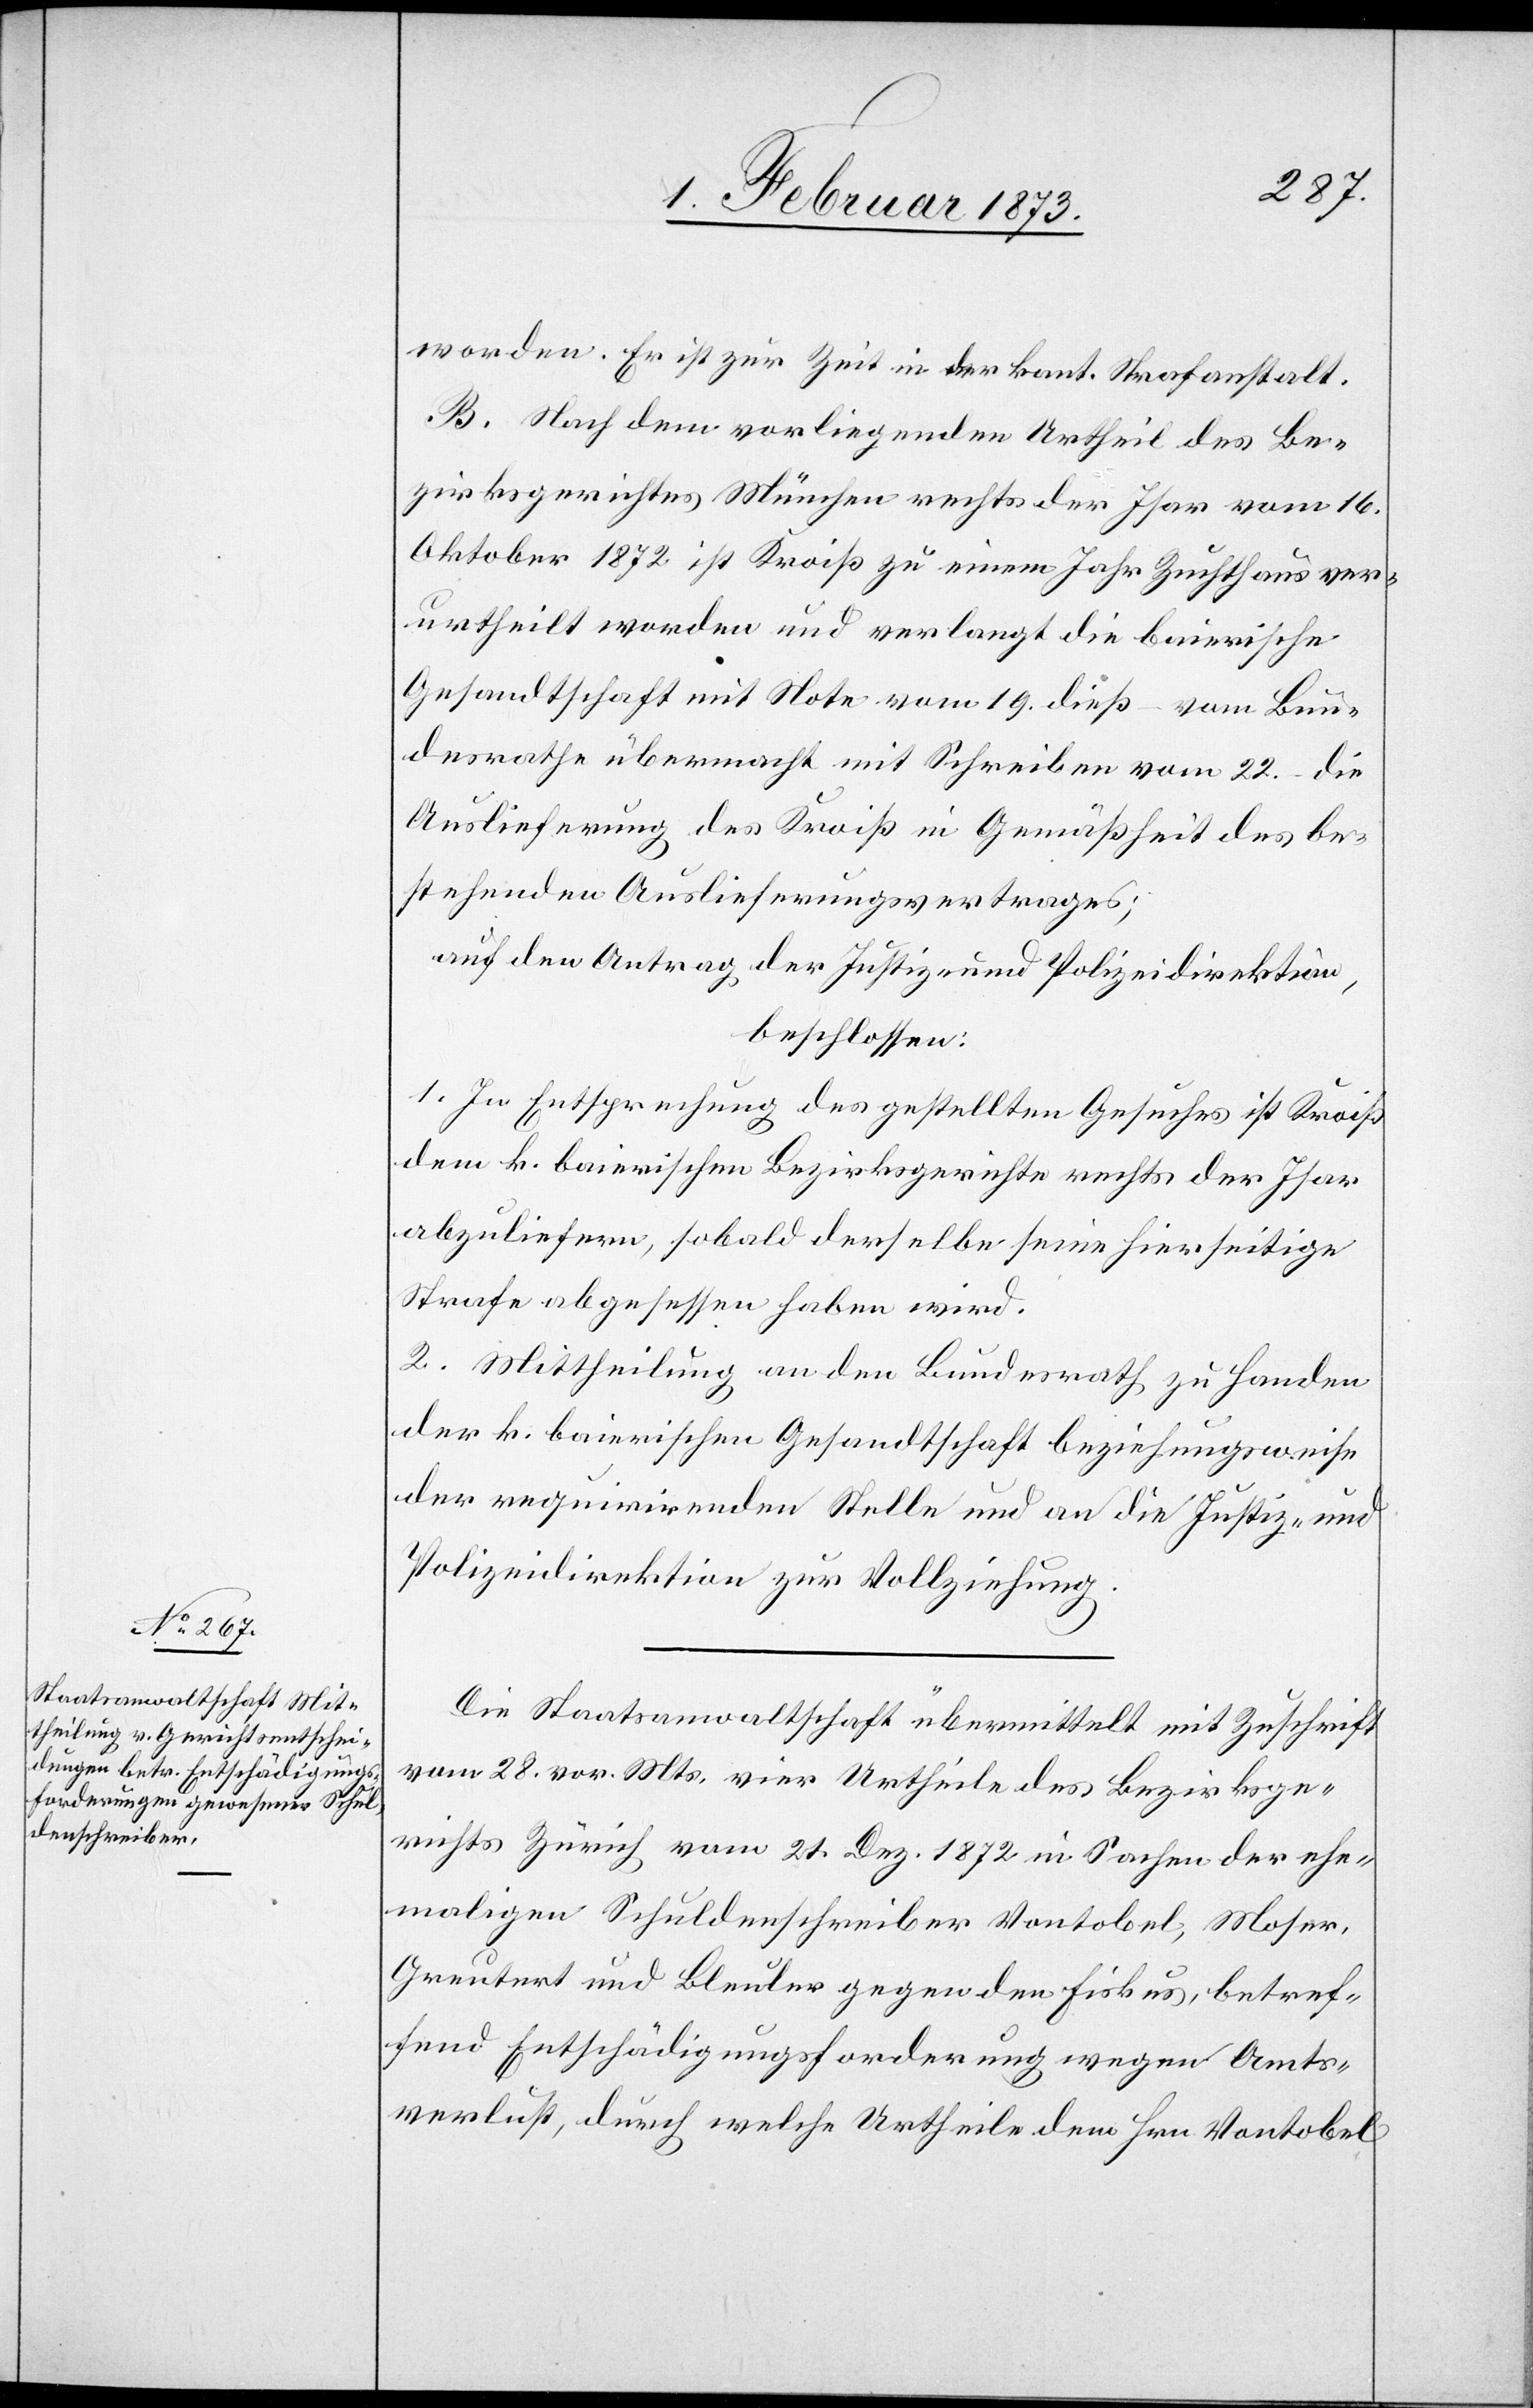
worden. Er ist zur Zeit in der kant. Strafanstalt.
B. Nach dem vorliegenden Urtheil des Be¬
zirksgerichtes München rechts der Isar vom 16.
Oktober 1872 ist Kroiß zu einem Jahr Zuchthaus ver¬
urtheilt worden und verlangt die baierische
Gesandtschaft mit Note vom 19. dieß – vom Bun¬
desrathe übermacht mit Schreiben vom 22. – die
Auslieferung des Kroiß in Gemäßheit des be¬
stehenden Auslieferungsvertrages;
auf den Antrag der Justiz- u. Polizeidirektion,
beschlossen:
1. In Entsprechung des gestellten Gesuches ist Kroiß
dem k. baierischen Bezirksgerichte rechts der Isar
abzuliefern, sobald derselbe seine hierseitige
Strafe abgesessen haben wird.
2. Mittheilung an den Bundesrath zu Handen
der k. baierischen Gesandtschaft beziehungsweise
der requirirenden Stelle und an die Justiz- u.
Polizeidirektion zur Vollziehung.
Die Staatsanwaltschaft übermittelt mit Zuschrift
vom 28. vor. Mts. vier Urtheile des Bezirksge¬
richts Zürich vom 21. Dez. 1872 in Sachen der ehe¬
maligen Schuldenschreiber Vontobel, Moser,
Greutert und Bleuler gegen den Fiskus, betref¬
fend Entschädigungsforderung wegen Amts¬
verlust, durch welche Urtheile dem Hrn. Vontobel